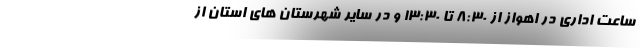
ساعت اداری در اهواز از ۸:۳۰ تا ۱۳:۳۰ و در سایر شهرستان های استان از